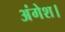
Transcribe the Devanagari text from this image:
अंगेश।